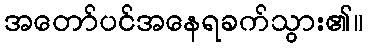
အတော်ပင်အနေရခက်သွား၏။